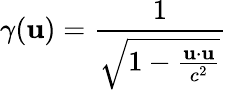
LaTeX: \gamma(\mathbf{u})={\frac{1}{\sqrt{1-{\frac{\mathbf{u}\cdot\mathbf{u}}{c^{2}}}}}}